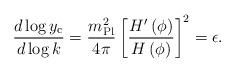
LaTeX: \begin{align*}{d \log{y_{\rm c}} \over d \log{k}} = {m_{\rm Pl}^2 \over 4 \pi} \left[{H'\left(\phi\right) \over H\left(\phi\right)}\right]^2 = \epsilon.\end{align*}